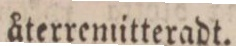
återremitteradt.